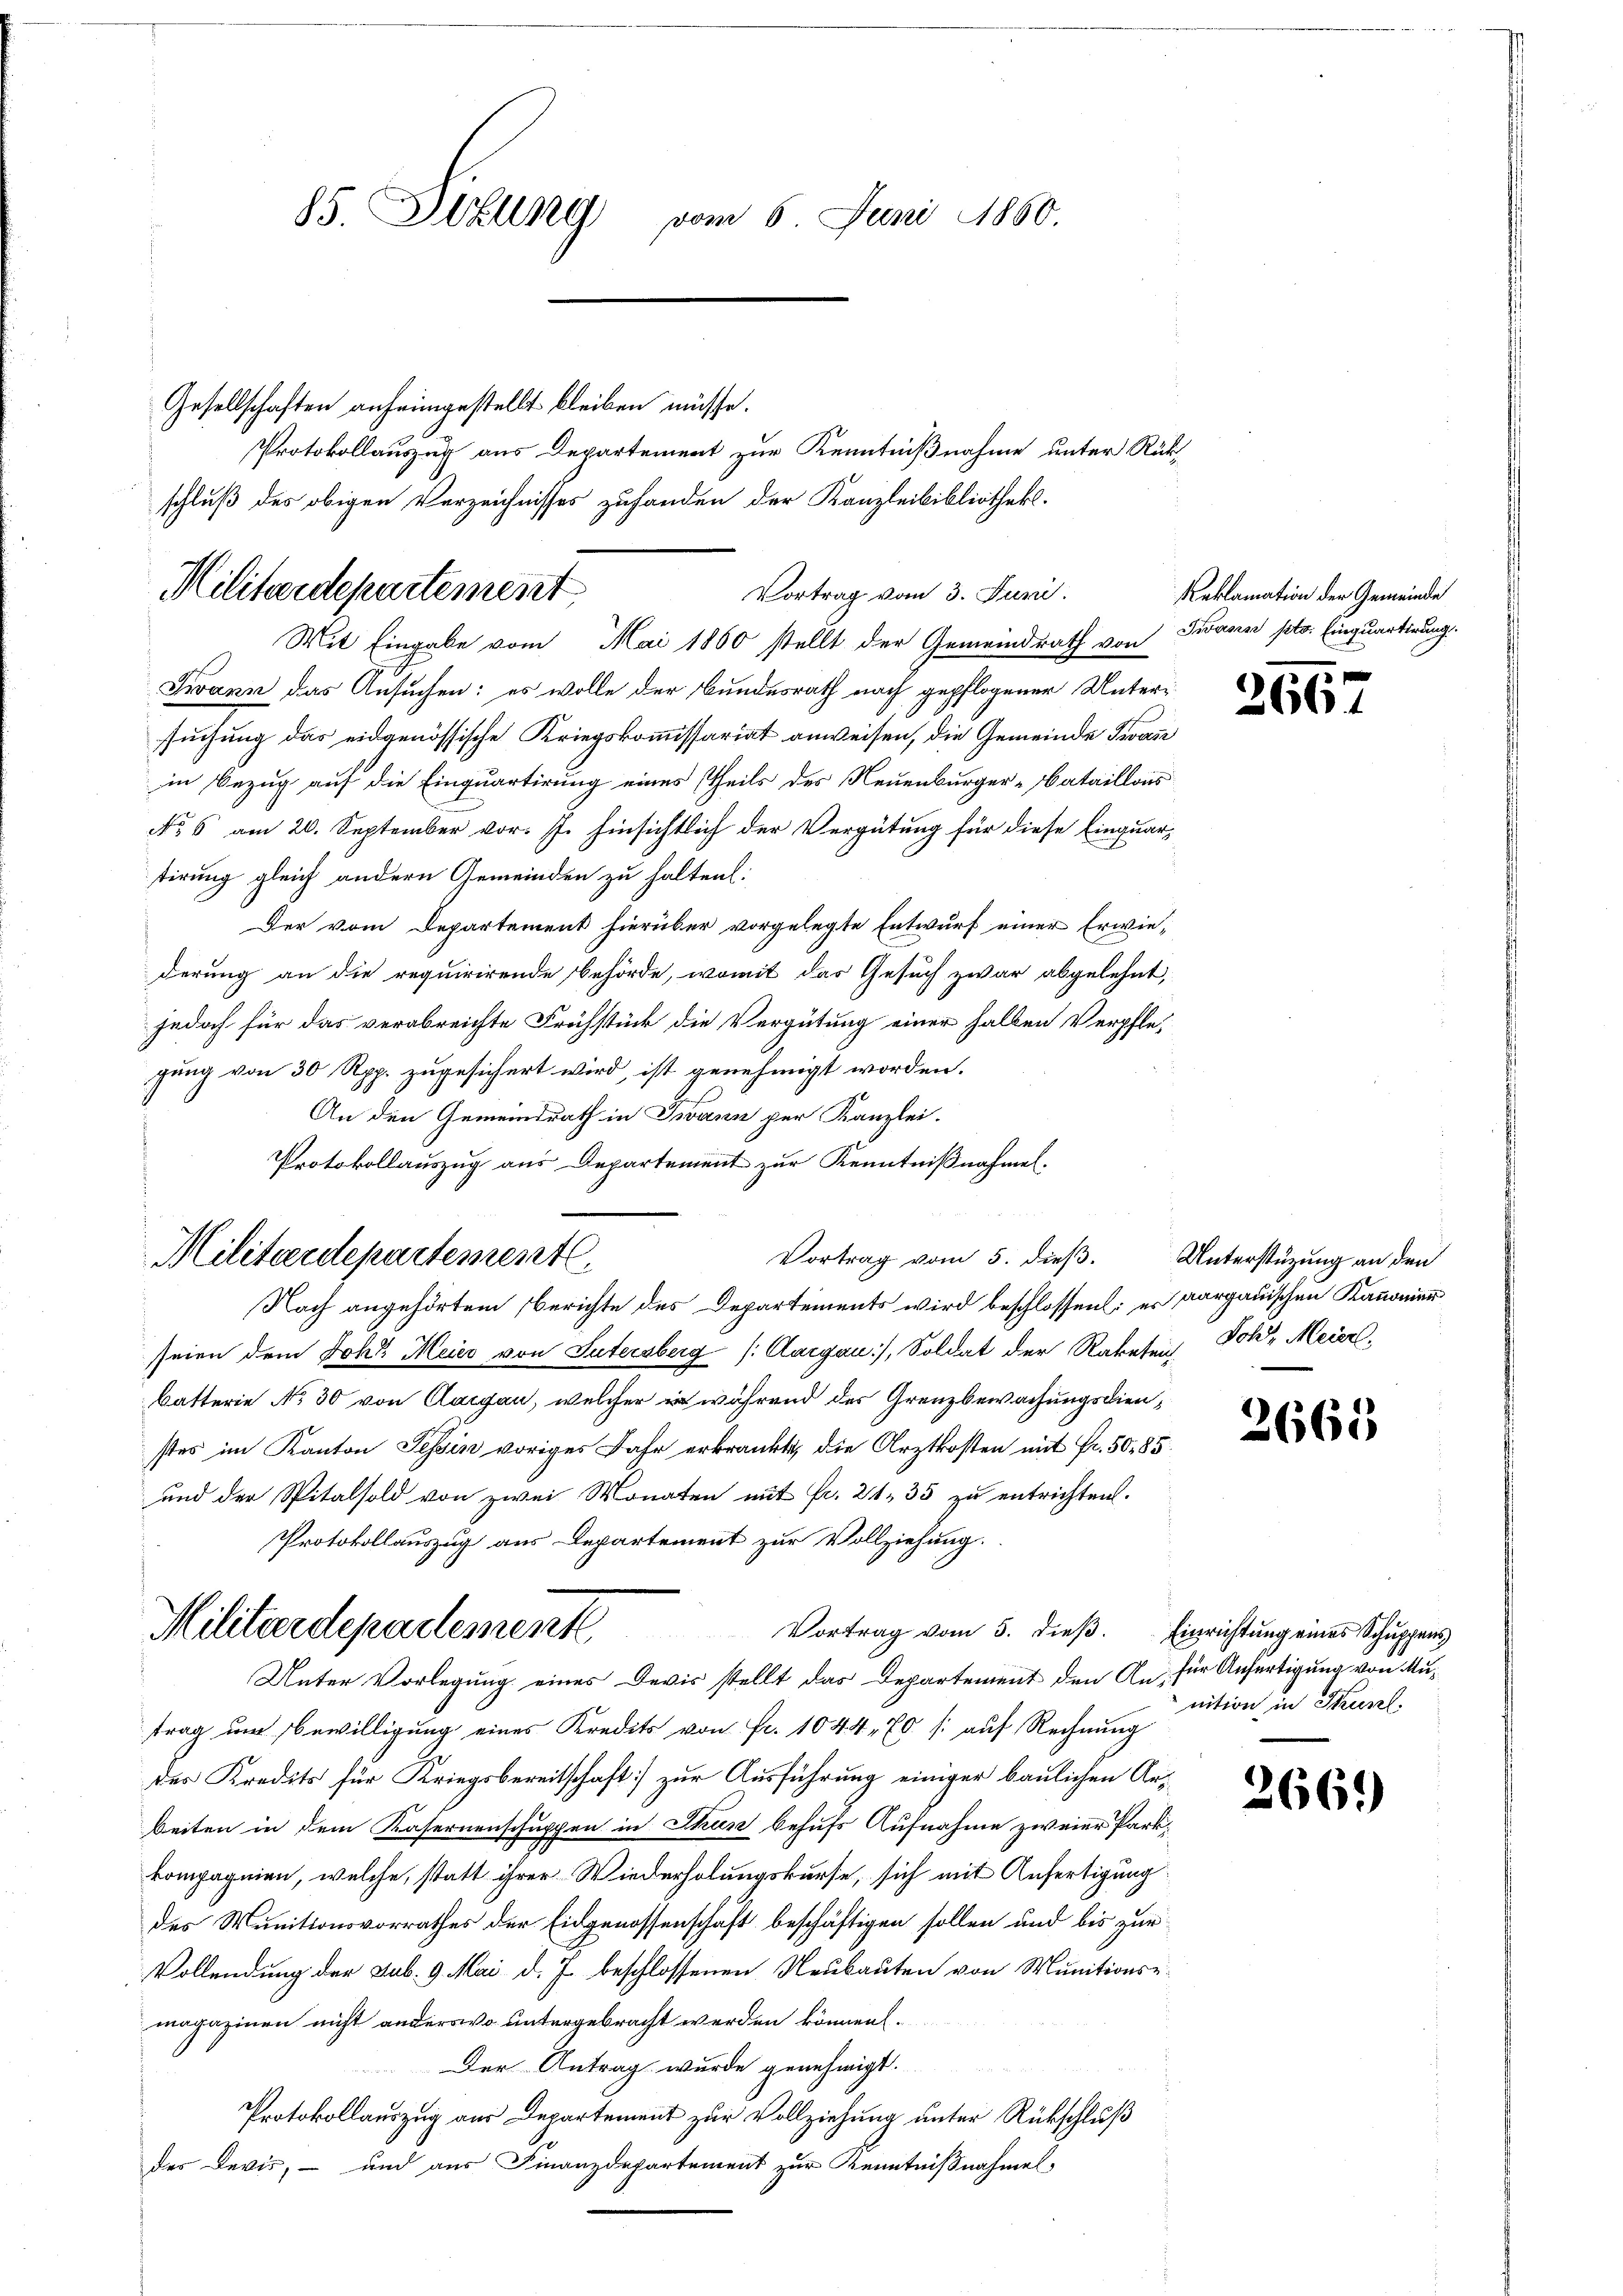
Gesellschaften anheimgestellt bleiben müsse.
Protokollauszug aus Departement zur Kenntnißnahme unter Rükschluß des obigen Verzeichnisses zufanden der Kanzleibibliothek.

85. Willing vom 6. Juni 1860.

Militärdepartement
Vortrag vom 3. Juni.
Mit Eingabe vom Mai 1860 stellt der Gemeindrath von

Militärdepartementl

Twann das Ansuchen: es wolle der Bundesrath nach gepflogener Untersuchung das eidgenössische Kriegskommissariat anweisen, die Gemeinde Frau
in Bezug auf die Einquartirung eines Theils des Neuenburger-Bataillons
No 6 am 20. September vor. J. hinsichtlich der Vergütung für diese Einquar
tirung gleich andern Gemeinden zu halten:
Der vom Departement hierüber vorgelegte Entwurf einer Erwiederung an die requirirende Behörde, womit das Gesuch zwar abgelehnt,
jedoch für das verabreichte Frühstück die Vergütung einer halben Verpflegung von 30 Rpp. zugesichert wird, ist genehmigt worden.
An den Gemeindrath in Twann per Kanzlei.
Protokollauszug aus Departement zur Kenntnißnahmen.
Nach angehörtem Berichte des Departements wird beschlossen: es aargauischen Kanonier
seien dem Joh. Meier von Sutersberg (Aargau), Soldat der Rabeteich Joh. Meier,
batterie No 30 von Aargau, welcher er während der Grenzbewachungsdienstes im Kanton Tessin voriges Jahr erkränkte, die Arztkosten mit Fr. 50. 85.
und der Spitalsold von zwei Monaten mit fr. 2135 zu entrichten.
Protokollauszug aus Departement zur Vollziehung.
Militärdepadement
Vortrag vom 5. dieβ. Einrichtung eines Schuppens
Unter Vorlegung eines Devis stellt das Departement den An- für Anfertigung von Mutrag um Bewilligung eines Kredits von Fr. 1044,70 /: auf Rechnung
der Kredits für Kriegsbereitschaft] zur Ausführung einiger baulichen Ausbeiten in dem Kasernenschuppen in Thun behufs Aufnahme zweier Parkkompagnien, welche, statt ihrer Wiederholungskurse, sich mit Anfertigung
des Munitionsvorrathes der Eidgenossenschaft beschäftigen sollen und bis zur
Vollendung der sub. 9. Mai d. J. beschlossenen Neubauten von Munitionse
magazinen nicht anderswo untergebracht werden können.
Der Antrag wurde genehmigt.
Protokollauszug aus Departement zur Vollziehung unter Rückschluß
des Devis, - und aus Finanzdepartement zur Kenntnißnahmel,

Vortrag vom 5. dieβ. Unterstüzung an den

Reklamation der Gemeinde
Twann pto. Einquartirung.

266

2665

nition in Tusl.

2661)